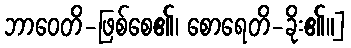
ဘာဝေတိ-ဖြစ်စေ၏၊ စောရေတိ-ခိုး၏။]